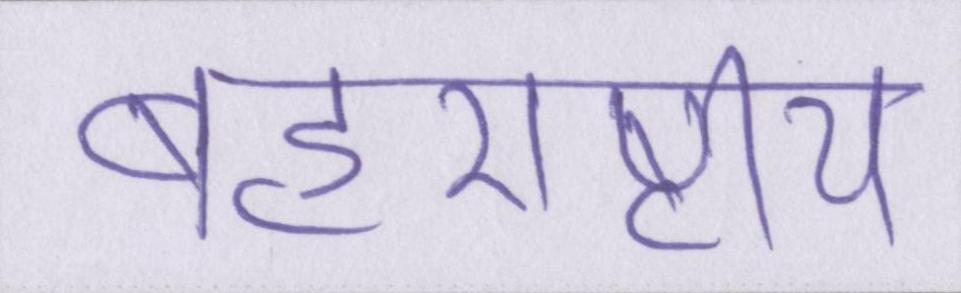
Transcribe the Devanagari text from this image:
बहुराष्ट्रीय